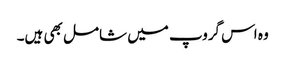
وہ اس گروپ میں شامل بھی ہیں۔